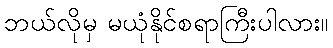
ဘယ်လိုမှ မယုံနိုင်စရာကြီးပါလား။